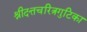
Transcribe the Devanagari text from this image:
श्रीदत्तचरित्रगुटिका